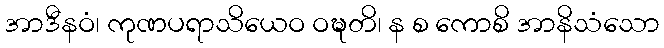
အာဒီနဝံ၊ ကုဏပရာသိယေဝ ဝဍ္ဎတိ၊ န စ ကောစိ အာနိသံသော